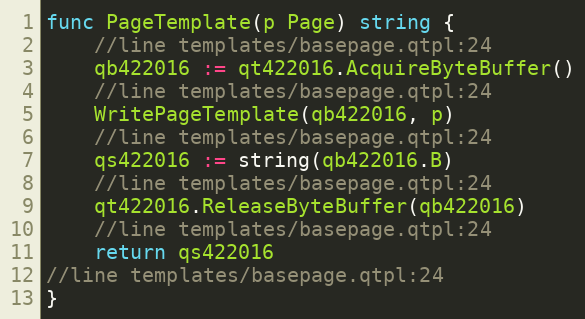
Language: Go
func PageTemplate(p Page) string {
	//line templates/basepage.qtpl:24
	qb422016 := qt422016.AcquireByteBuffer()
	//line templates/basepage.qtpl:24
	WritePageTemplate(qb422016, p)
	//line templates/basepage.qtpl:24
	qs422016 := string(qb422016.B)
	//line templates/basepage.qtpl:24
	qt422016.ReleaseByteBuffer(qb422016)
	//line templates/basepage.qtpl:24
	return qs422016
//line templates/basepage.qtpl:24
}